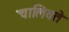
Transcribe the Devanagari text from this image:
चालिवते